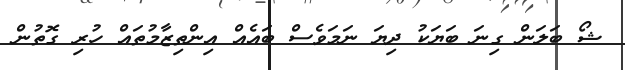
ޝޯ ބަލަން ގިނަ ބަޔަކު ދިޔަ ނަމަވެސް ބައެއް އިންތިޒާމުތައް ހުރި ގޮތުން